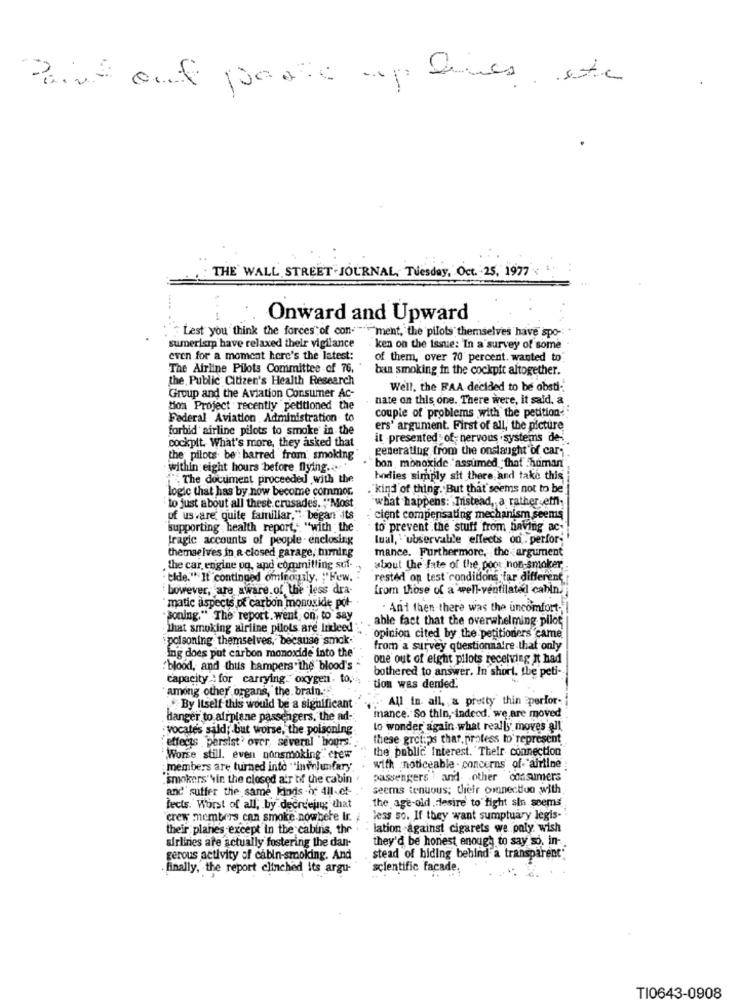
Point out parte up lies etc
THE WALL STREET JOURNAL, Tuesday, Oct. 25, 1977
Onward and Upward
Lest you think the forces"of con-
"ment, the pilots themselves have spo-
sumerismp have relaxed their vigilance
ken on the issue: In a survey of some
even for a moment here's the latest:
of them, over 70 percent. wanted to
The Airline Pilots Committee of 76,
ban smoking in the cockpit altogether.
the Public Citizen's Health Research
Well, the FAA decided to be obsti-
Group and the Aviation Consumer Ac-
nate on this one. There were, it said, a
tion Project recently petitioned the
couple of problems with the petition-
Federal Aviation Administration to
forbid airline pilots to smoke in the
ers' argument. First of all, the picture
it -presented of- nervous systems de-
cockpit. What's more, they asked that
generating from the onslaught of cars
the pilots be barred from smoking
within eight hours before flying ...
bon monoxide "assumed that .human
The document proceeded with the
bodies simply sit there and take this
logic that has by now become commor.
."kind of thing . But that seems not to be
to just about all these.crusades. ""Most
"what happens: Instead, a rather effl
of usvare quite familiar," began its
cient compensating mechanism seems
"supporting health report, "with the
to prevent the stuff from having ac-
tragic accounts of people - enclosing
lual, "ubservable effects on . perfor-
mance. Furthermore, the argument
themselves in a closed garage, timing
. the car engine pq, and committing sul- .
about the fate of the poor non-smoker,
tide." It continued ominously. "Hew.
rested on test conditions far different
however, are aware of the less dra-
from those of a well-ventilated cabin.
"matic aspects of carbon monoxide pot-
. And then there was the uncomfort.
.soning." The report. went on to say
able fact that the overwhelming pilot
. That smoking airline pilots are indeed .
polsoning themselves, because smok.
opinion cited by the petitioners came
from a survey questionnaire that only
ing does put carbon monoxide into the'
one out of eight pilots receiving It had
"blood, and thus hampers the blood's
capacity : for carrying. oxygen. top'
bothered to answer. In short, the peti-
among other organs, the brain ..
tion was denied.
All in. all, a pretty thin perfor-
By Itself this would be a significant
danger to airplane passengers, the ad-
mance. So thin, indeed. we are moved
vocates sald; but worse, the poisoning
lo wonder again what really' moves all
effects persist' over, several hours.
these grotips that,profess to represent
the public Interest. Their connection
"Worse still. even nonsmoking" crew
: members are turned into "involuntary.
with noticeable - concerns of."airline
"smokers"vin the closed atr of the cabin .
passengers and other consumers
and' sutter the same kinds of 411-ct-
seems tenuous; their omnectivo with
lects. Worst of all, by decreejung that
the age-old desire to fight sin seems
crew members can smoke nowbere Ir.
. less so. If they want sumptuary legis-
their planes except in the cabins, the . - lation against cigarets we only wish
airlines are actually fostering the dan-
they'd be honest enough to say so, in-
gerous activity of cabin-smoking. And
stead of hiding behind a transparent"
.finally, the report clinched its argu-
scientific facade.
TI0643-0908